Vaccination in Burma 1889-1999 - 1889-1999
Year: 1889
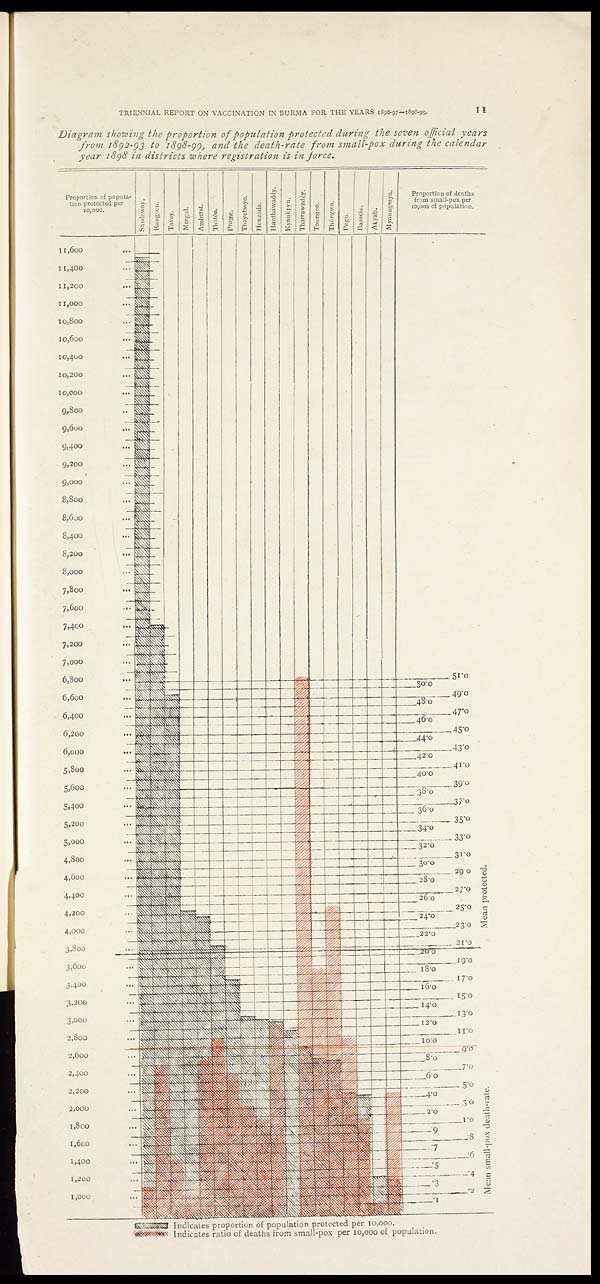
TRIENNIAL REPORT ON VACCINATION IN BURMA FOR THE YEARS 1896-97-1898-99.
I I
Diagram showing the proportion of population protected during the seven official years
from 1892-93 to 1898-99, and the death-rate from small-pox during the calendar
year 1898 in districts where registration is in force.